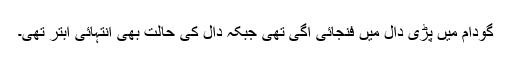
گودام میں پڑی دال میں فنجائی اگی تھی جبکہ دال کی حالت بھی انتہائی ابتر تھی۔